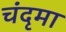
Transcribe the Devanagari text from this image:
चंदृमा